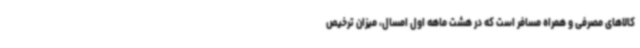
کالاهای مصرفی و همراه مسافر است که در هشت ماهه اول امسال، میزان ترخیص